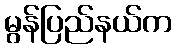
မွန်ပြည်နယ်က